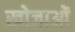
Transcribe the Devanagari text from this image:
खोजाओं